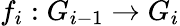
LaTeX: f_{i}:G_{i-1}\to G_{i}